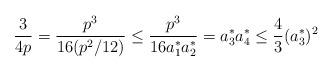
LaTeX: \begin{align*}\frac{3}{4p} = \frac{p^{3}}{16 (p^{2}/12)} \leq\frac{p^{3}}{16 a_{1}^{*} a_{2}^{*}} = a_{3}^{*} a_{4}^{*} \leq \frac{4}{3} (a_{3}^{*})^{2}\end{align*}